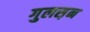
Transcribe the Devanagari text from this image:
गुलस़न